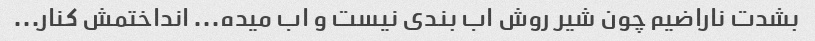
بشدت ناراضیم چون شیر روش اب بندی نیست و اب میده... انداختمش کنار...